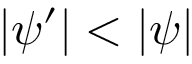
| \psi ^ { \prime } | < | \psi |